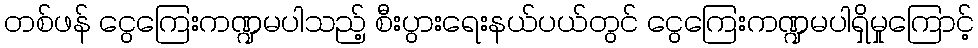
တစ်ဖန် ငွေကြေးကဏ္ဍမပါသည့် စီးပွားရေးနယ်ပယ်တွင် ငွေကြေးကဏ္ဍမပါရှိမှုကြောင့်